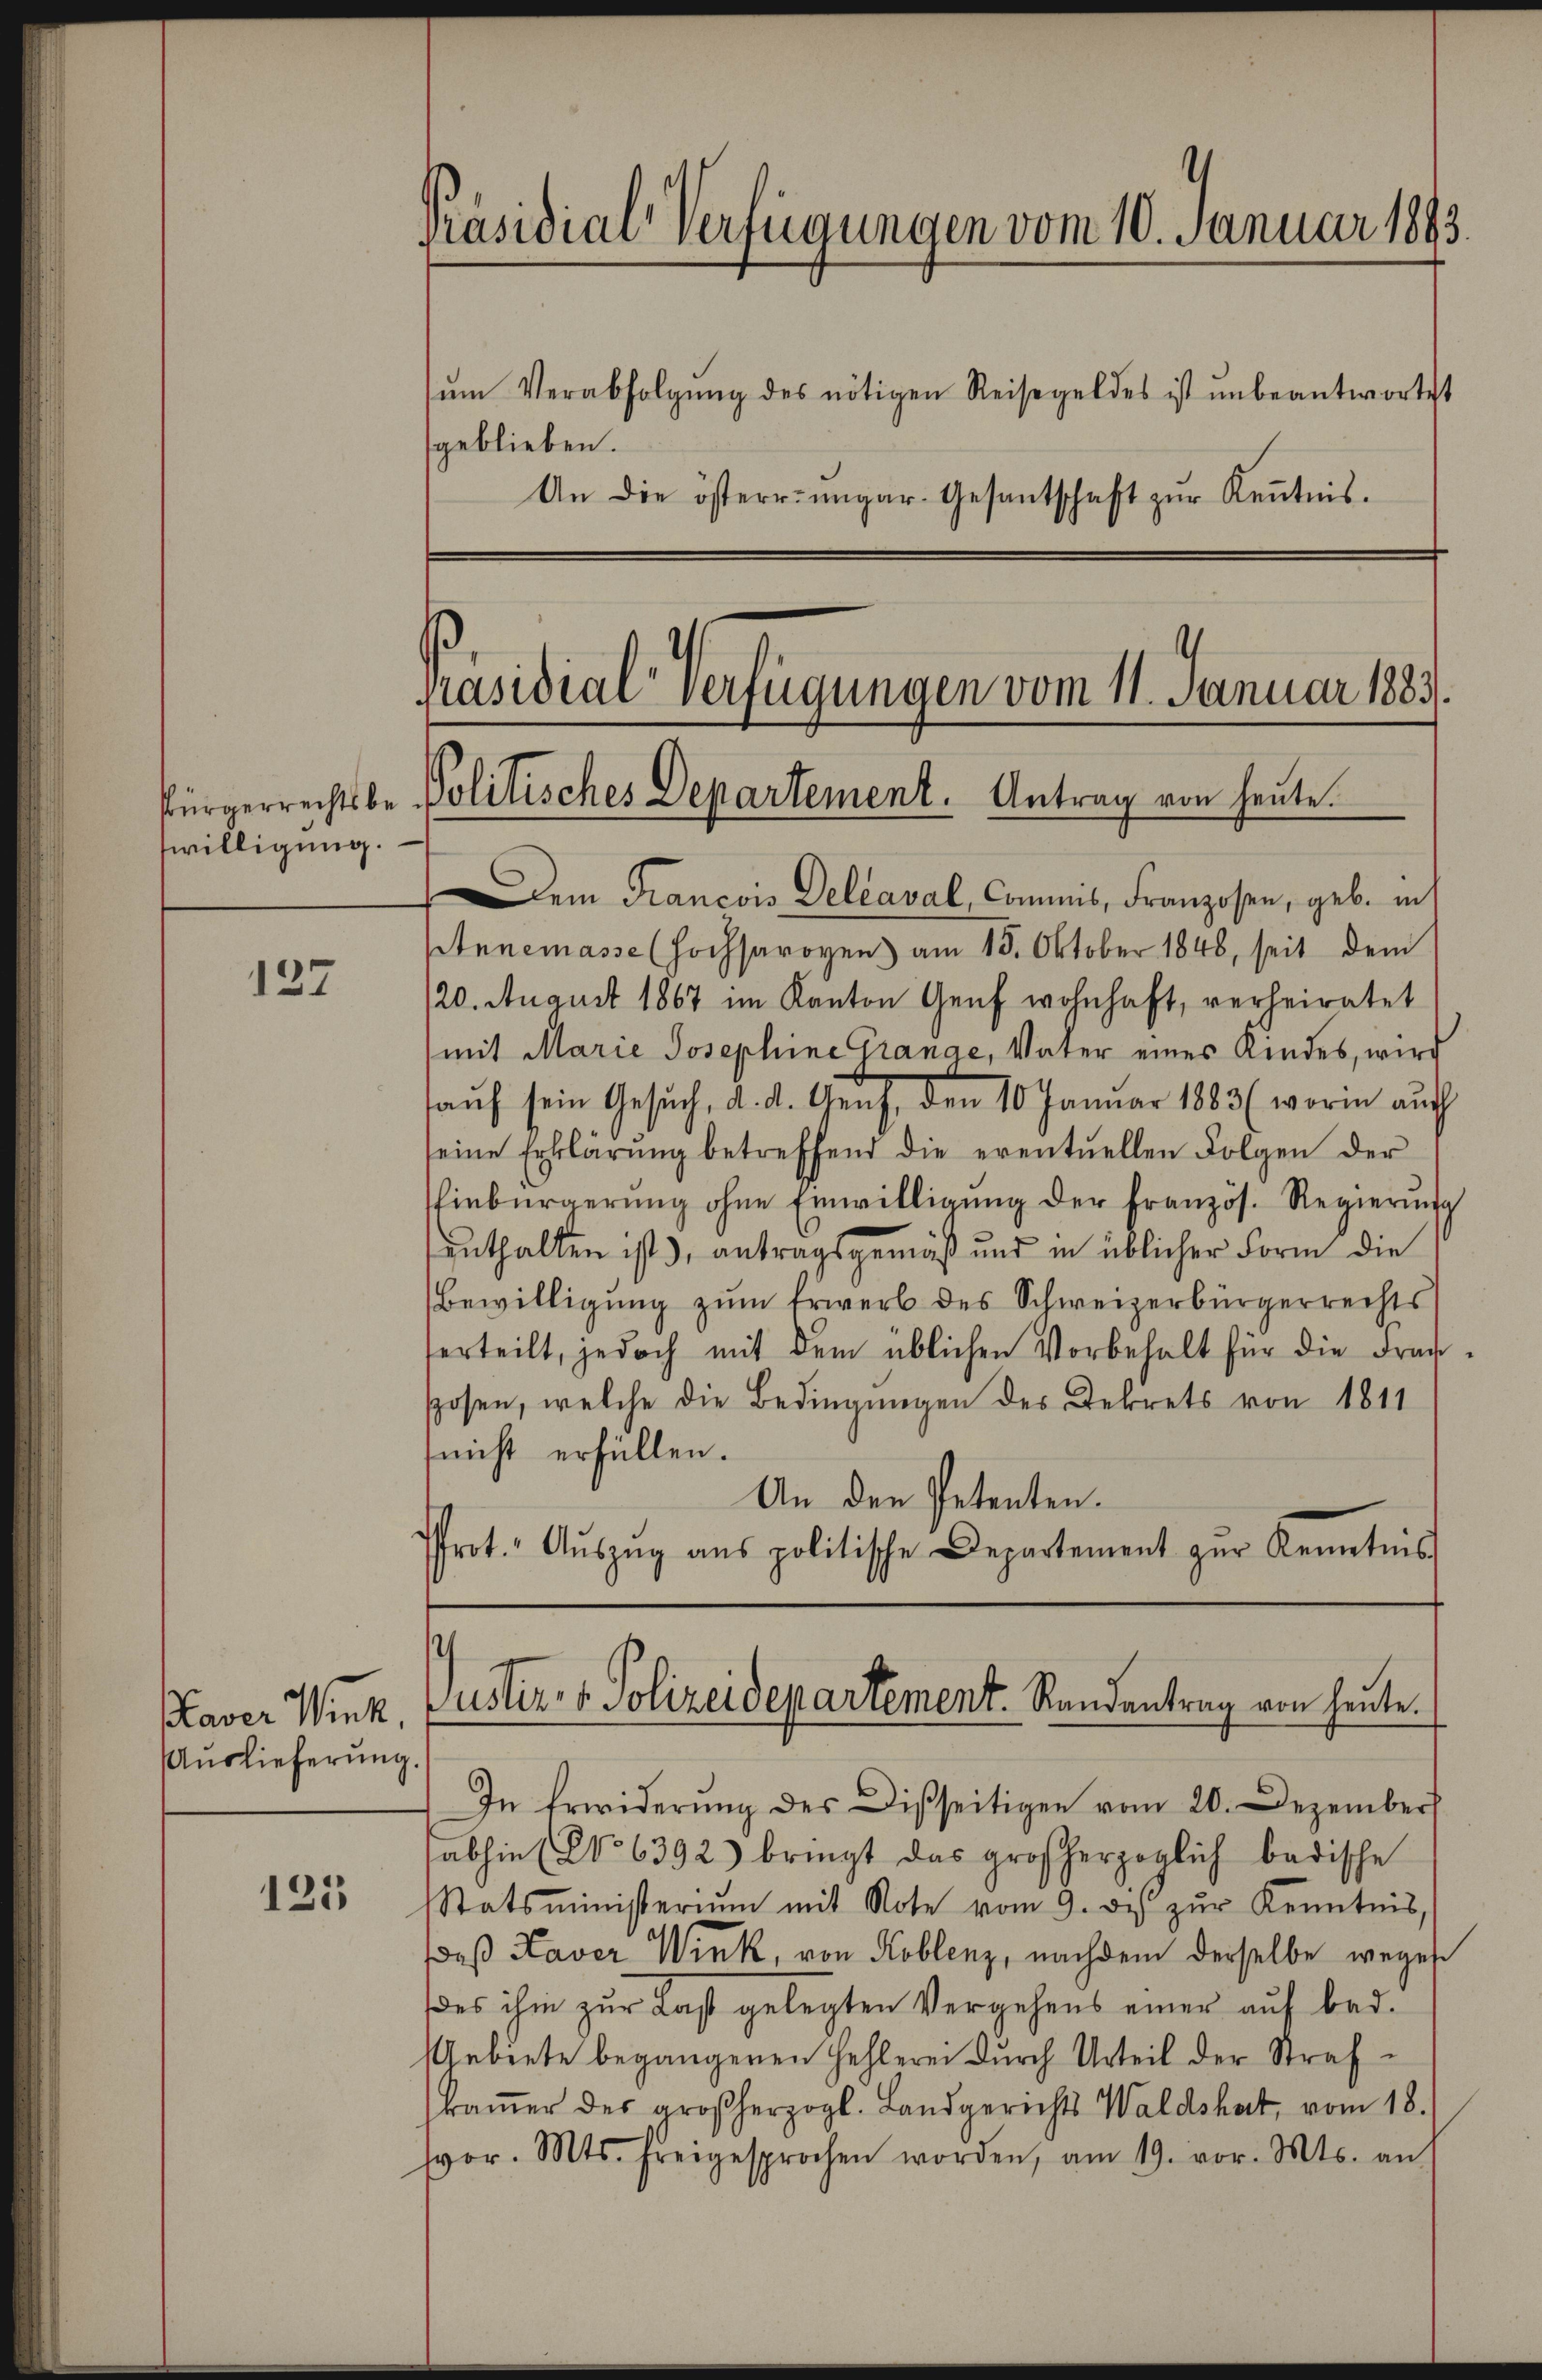
swilligung.

137

125

Paver Wink,
Auslieferung.

Präsidial-Verfügungen vom 10. Januar 1899
ŭm Verabfolgŭng des nötigen Reisegeldes ist ŭnbeantwortet
geblieben.
An die österr. ungar-Gesantschaft zŭr Keṅtnis.

Präsidial Verfügungen vom 11. Januar 1883.
Pürgerrechtsbe-Politisches Departement. Antrag von heute.

em Francois Delcaval, Commis, Franzosen, geb. in
Annemasse (Hochsaroven) am 15. Oktober 1848, seit dem
120. August 1867 im Kanton Genf wohnhaft, verheiratet
mit Marie Josephine Trange, Vater eines Kindes, wird
kauf sein Gesuch, d. d. Genf, den 10 Januar 1883 (worin auch
seine Erklärŭng betreffend die eventuellen Folgen der
Einbürgerŭng ohne Einwilligŭng der Französ. Regierŭng
enthalten ist), antragsgemäß und in üblicher Form die
Bewilligŭng zŭm Erwerb des Schweizerbürgerrechts
erteilt, jedoch mit dem üblichen Vorbehalt für die Fran-
sposen, welche die Bedingungen des Dekrets von 1811
(nicht erfüllen.
An den Petenten.
Prot. Aŭszŭg ans politische Departement zŭr Kenntnis

s
Justiz- & Polizeidepartement. Randantrag von heute.

In Erwiderung des Disseitigen vom 20. Dezember
abhin (No 6392) bringt das großherzoglich badische
Statsministeriŭm mit Note vom 9. des zŭr Kenntnis,
daß Kaver Wink, von Koblenz, nachdem derselbe weges
des ihm zur Last gelegten Vergehens einer auf bad.
Gebiete begangenen Fehlerei durch Urteil der Strafkaṁer des großherzogl. Landgerichts Waldshut, vom 18.
vor. Mts. freigesprochen worden, am 19. vor. Mts. an